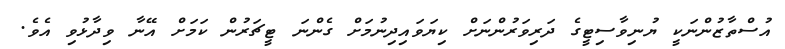
އުސްތާޒުންނަކީ ޔުނިވާސިޓީގެ ދަރިވަރުންނަށް ކިޔަވައިދިނުމަށް ގެންނަ ޓީޗަރުން ކަމަށް އޭނާ ވިދާޅުވި އެވެ.